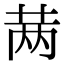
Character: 𬜯